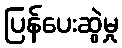
ပြန်ပေးဆွဲမှု